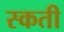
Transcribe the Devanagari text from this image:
स्कती